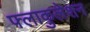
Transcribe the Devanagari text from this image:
फ्लाकुलेशन